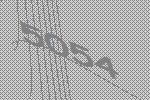
5054